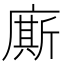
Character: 廝